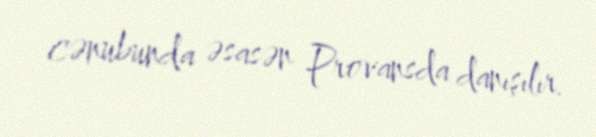
cənubunda əsasən Provansda danışılır.